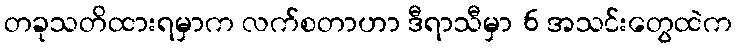
တခုသတိထားရမှာက လက်စတာဟာ ဒီရာသီမှာ 6 အသင်းတွေထဲက